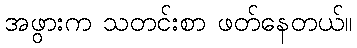
အဖွားက သတင်းစာ ဖတ်နေတယ်။